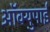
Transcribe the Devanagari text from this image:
ऑक्युपाई